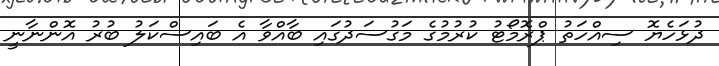
ދުޅަހެޔޮ ސިއްހަތު ޕްރޮމޯޓު ކުރުމުގެ މަގުސަދުގައި ބާއްވާ އެ ބައިސްކަލު ބުރު އޮންނާނީ